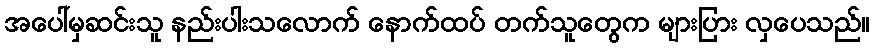
အပေါ်မှဆင်းသူ နည်းပါးသလောက် နောက်ထပ် တက်သူတွေက များပြား လှပေသည်။